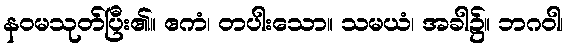
နဝမသုတ်ပြီး၏။ ဧကံ၊ တပါးသော။ သမယံ၊ အခါ၌။ ဘဂဝါ၊